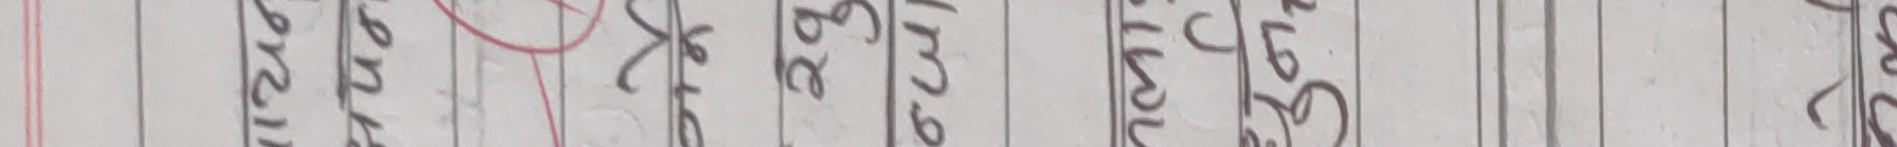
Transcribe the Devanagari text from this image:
२१५२
केतनने
युछजुघ
जोस